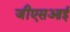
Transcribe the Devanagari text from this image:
जीएसआई